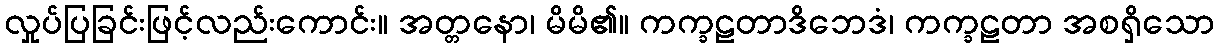
လှုပ်ပြခြင်းဖြင့်လည်းကောင်း။ အတ္တနော၊ မိမိ၏။ ကက္ခဠတာဒိဘေဒံ၊ ကက္ခဠတာ အစရှိသော